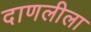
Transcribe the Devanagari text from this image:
दाणलीला